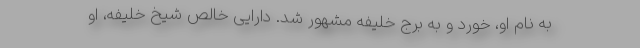
به نام او، خورد و به برج خلیفه مشهور شد. دارایی خالص شیخ خلیفه، او